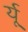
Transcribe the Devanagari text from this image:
र्यू